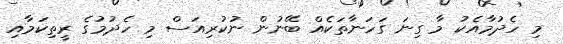
މި ހެދުމާއެކު މާ ގިނަ ގަހަނާތަކެއް ބޭނުން ނުކުރިއަސް މި ހެދުމުގެ ރީތިކަމާއި